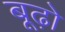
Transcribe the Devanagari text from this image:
बूढ़ो